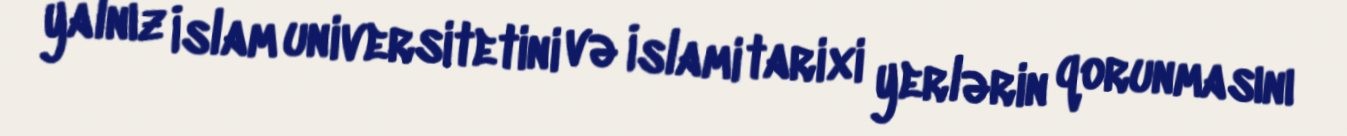
yalnız İslam universitetini və İslami tarixi yerlərin qorunmasını